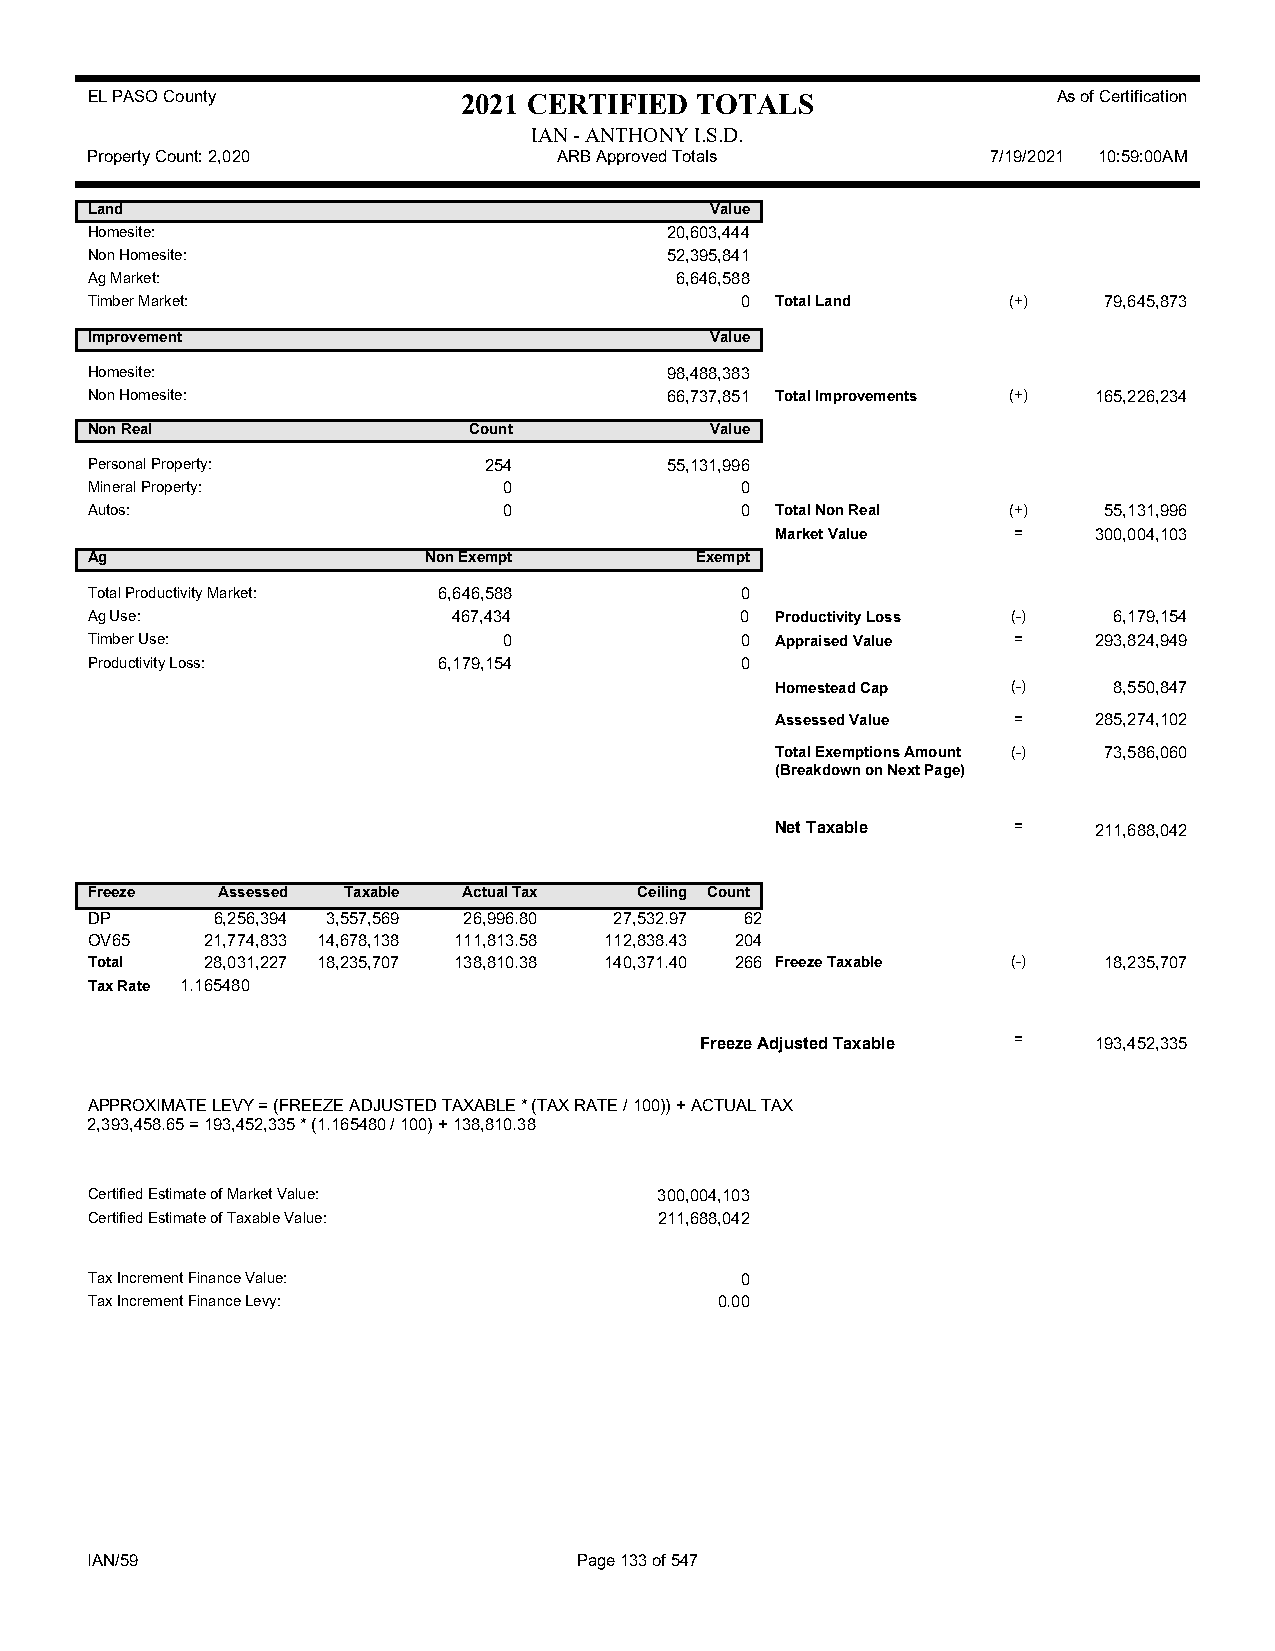
EL PASO County           2021 CERTIFIED TOTALS                  As of Certification
 IAN - ANTHONY I.S.D.
 Property Count: 2,020          ARB Approved Totals          7/19/2021 10:59:00AM
 Land                                     Value
 Homesite:                             20,603,444
 Non Homesite:                         52,395,841
 Ag Market:                             6,646,588
 Timber Market:                             0 Total Land      (+)   79,645,873
 Improvement                              Value
 Homesite:                             98,488,383
 Non Homesite:                         66,737,851 Total Improvements (+) 165,226,234
 Non Real                 Count           Value
 Personal Property:        254         55,131,996
 Mineral Property:          0               0
 Autos:                     0               0 Total Non Real  (+)   55,131,996
 Market Value    =    300,004,103
 Ag                    Non Exempt        Exempt
 Total Productivity Market: 6,646,588       0
 Ag Use:                 467,434            0 Productivity Loss (-)  6,179,154
 Timber Use:                0               0 Appraised Value =    293,824,949
 Productivity Loss:     6,179,154           0
 Homestead Cap   (-)    8,550,847
 Assessed Value  =    285,274,102
 Total Exemptions Amount (-) 73,586,060
 (Breakdown on Next Page)
 Net Taxable     =    211,688,042
 Freeze  Assessed Taxable Actual Tax Ceiling Count
 DP      6,256,394 3,557,569 26,996.80 27,532.97 62
 OV65    21,774,833 14,678,138 111,813.58 112,838.43 204
 Total   28,031,227 18,235,707 138,810.38 140,371.40 266 Freeze Taxable (-) 18,235,707
 Tax Rate 1.165480
 Freeze Adjusted Taxable = 193,452,335
 APPROXIMATE LEVY = (FREEZE ADJUSTED TAXABLE * (TAX RATE / 100)) + ACTUAL TAX
 2,393,458.65 = 193,452,335 * (1.165480 / 100) + 138,810.38
 Certified Estimate of Market Value:   300,004,103
 Certified Estimate of Taxable Value:  211,688,042
 Tax Increment Finance Value:               0
 Tax Increment Finance Levy:               0.00
 IAN/59                          Page 133 of 547